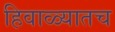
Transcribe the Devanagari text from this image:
हिवाळ्यातच